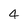
Character: 4